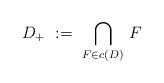
LaTeX: \begin{align*}D_{+} \ := \ {\underset {F \in c(D)} \bigcap } \ F \end{align*}